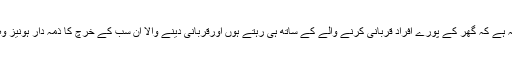
ایک گھرانہ کا مطلب یہ ہے کہ گھر کے پورے افراد قربانی کرنے والے کے ساتھ ہی رہتے ہوں اورقربانی دینے والا ان سب کے خرچ کا ذمہ دار ہونیز وہ سارے رشتہ دار ہوں ۔